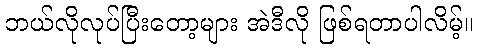
ဘယ်လိုလုပ်ပြီးတော့များ အဲဒီလို ဖြစ်ရတာပါလိမ့်။